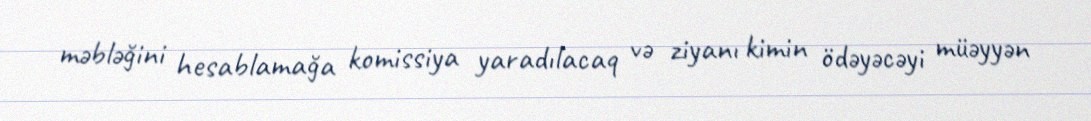
məbləğini hesablamağa komissiya yaradılacaq və ziyanı kimin ödəyəcəyi müəyyən